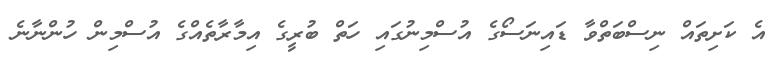
އެ ކަށިތައް ނިސްބަތްވާ ޑައިނަސޯގެ އުސްމިނުގައި ހަތް ބުރީގެ އިމާރާތެއްގެ އުސްމިން ހުންނާނެ